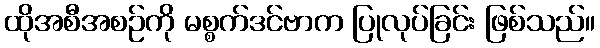
ထိုအစီအစဉ်ကို မစ္စက်ဒင်ဗာက ပြုလုပ်ခြင်း ဖြစ်သည်။